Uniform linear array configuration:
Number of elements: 32
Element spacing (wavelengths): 0.5
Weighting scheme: exponential
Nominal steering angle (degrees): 0
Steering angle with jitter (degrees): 1.117
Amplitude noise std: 0.05
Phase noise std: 0.05

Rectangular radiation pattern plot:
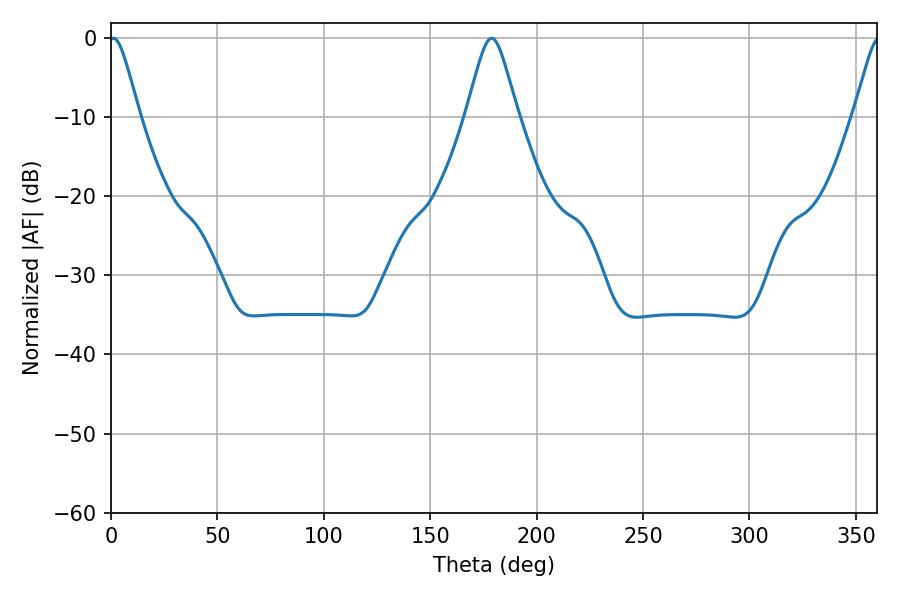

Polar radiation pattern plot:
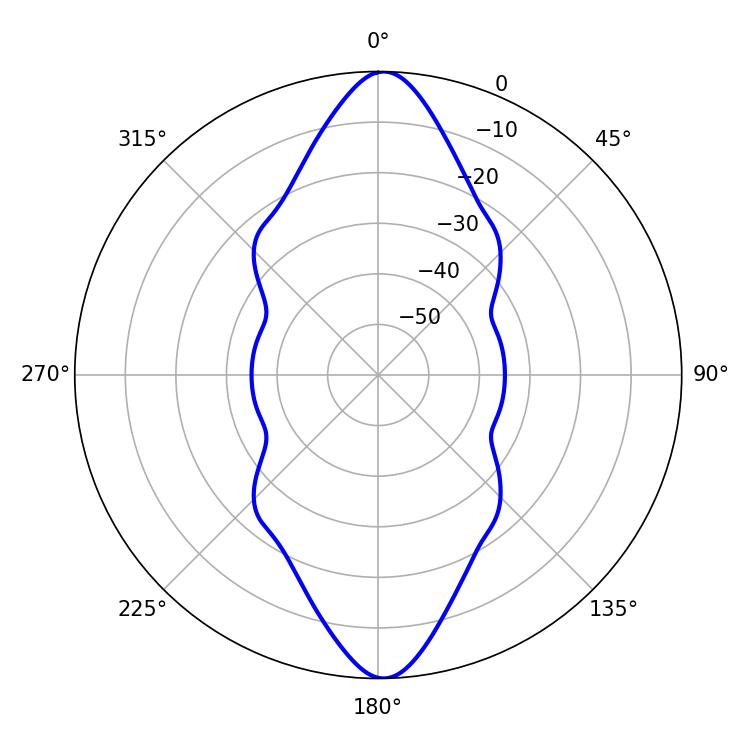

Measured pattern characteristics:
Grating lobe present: FALSE
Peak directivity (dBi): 23.611
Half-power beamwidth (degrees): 6.84
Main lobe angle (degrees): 1.08